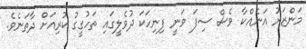
މަންޒަރު އަނެއްކާ ވެސް ސިފަ ވަނީ ފިނިހަކަ ދުވެލީގައި ތަހުގީގު ކުރިއަށް ދާތަނެވެ.